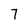
Character: 7